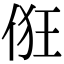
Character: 俇